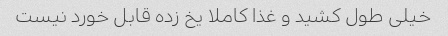
خیلی طول کشید و غذا کاملا یخ زده قابل خورد نیست